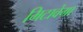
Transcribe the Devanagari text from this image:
मिटावेगा